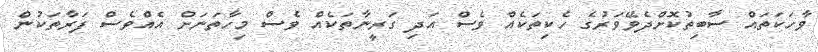
ވާހަކަތައް ސާބިތުކޮށްދެވޭވަރުގެ ހެކިތަކެއް ވެސް އަދި ގަރީނާތަކެއް ވެސް މިހާތަނަށް އެއްވެސް ފަރާތަކުން